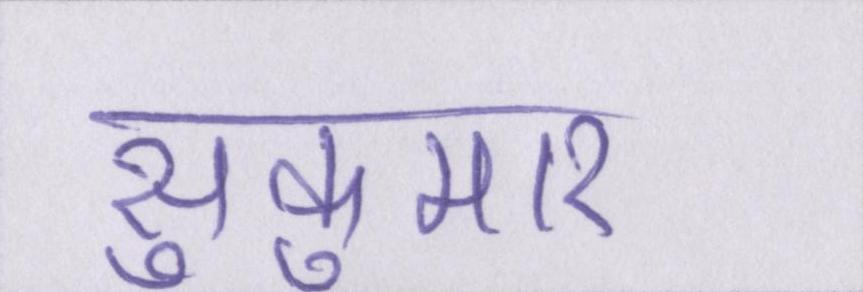
सुकुमार